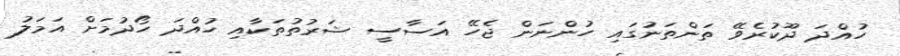
ހުއްދަ ދޫކުރެވޭ ތަންތަނުގައި ހުންނަން ޖެހޭ އަސާސީ ޝަރުތުތަކާއި ހުއްދަ ހޯދުމަށް އަމަލު